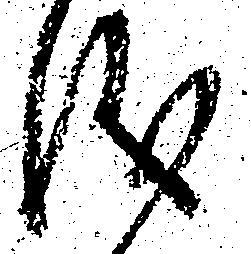
儀